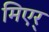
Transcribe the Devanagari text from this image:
मिएर्